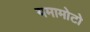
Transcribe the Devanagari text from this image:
यमामोटो